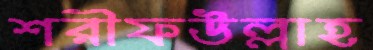
শরীফউল্লাহ